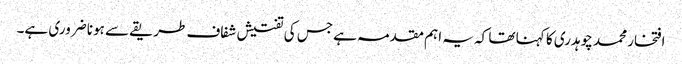
افتخار محمد چوہدری کا کہنا تھا کہ یہ اہم مقدمہ ہے جس کی تفتیش شفاف طریقے سے ہونا ضروری ہے۔